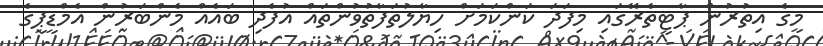
މީގެ އިތުރުން ޕާޓީތެރޭގައި މިފަދަ ކަންކަމަށް ހިޔާލުތަފާތުވުންތައް އުފެދި ބައެއް މެންބަރުން އެމްޑީޕީގެ